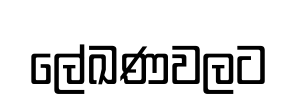
ලේඛණවලට